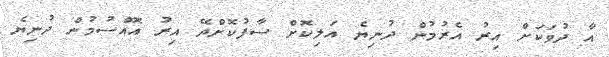
އާ ދުވަކަށް އިރު އެރުމުން ދުނިޔެ އަލިކޮށް ސާފުކޮށްދޭ އިރު އޮއްސުމުން ދުނިޔެ